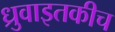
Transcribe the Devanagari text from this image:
ध्रुवाइतकीच